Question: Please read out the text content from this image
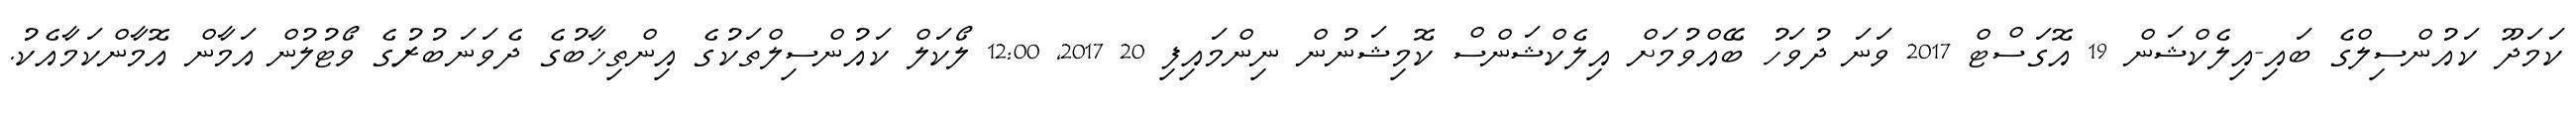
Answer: ކަމަދޫ ކައުންސިލްގެ ބައި-އިލެކްޝަން 19 އޮގަސްޓް 2017 ވަނަ ދުވަހު ބޭއްވުމަށް އިލެކްޝަންސް ކޮމިޝަނުން ނިންމައިފި 20 2017, 12:00 ލޯކަލް ކައުންސިލްތަކުގެ އިންތިޚާބުގެ ދެވަނަބުރުގެ ވޯޓުލުން އަމާން އޮމާންކަމާއެކު.